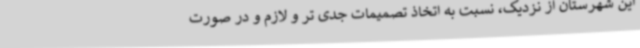
این شهرستان از نزدیک، نسبت به اتخاذ تصمیمات جدی تر و لازم و در صورت